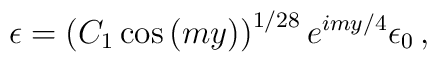
\epsilon=\left(C_1 \cos{(m y)}\right)^{1/28}  e^{i m y/4}\epsilon_0 \,,